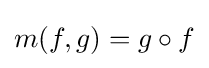
m(f,g)=g\circ f